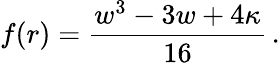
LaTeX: f(r)=\frac{w^{3}-3w+4\kappa}{16}\, .